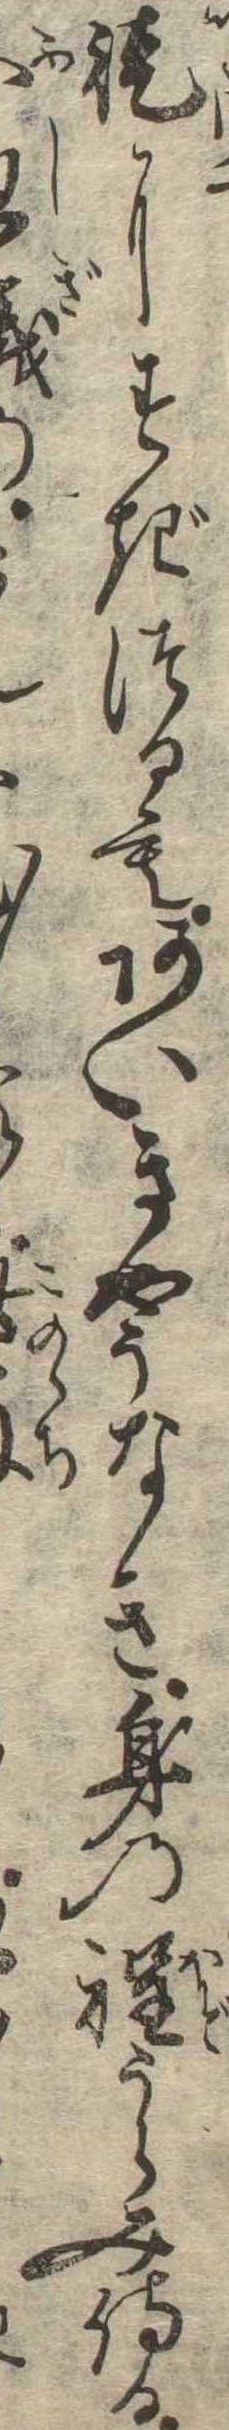
徒にすぎつるもあいきやうなき身の程うらみ侍る